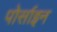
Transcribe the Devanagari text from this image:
पोर्साइन